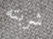
شربته